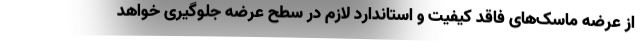
از عرضه ماسک‌های فاقد کیفیت و استاندارد لازم در سطح عرضه جلوگیری خواهد